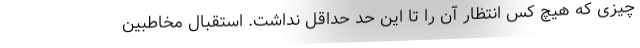
چیزی که هیچ کس انتظار آن را تا این حد حداقل نداشت. استقبال مخاطبین